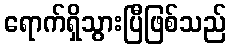
ရောက်ရှိသွားပြီဖြစ်သည်